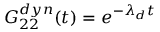
G _ { 2 2 } ^ { d y n } ( t ) = e ^ { - \lambda _ { d } t }